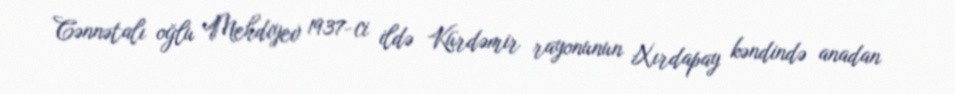
Cənnətalı oğlu Mehdiyev 1937-ci ildə Kürdəmir rayonunun Xırdapay kəndində anadan